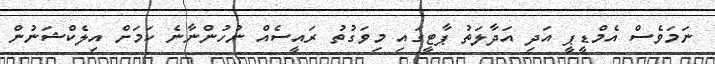
ނަމަވެސް އެމްޑީޕީ އަދި އަދާލަތު ޕާޓީގައި މިވަގުތު ރައީސެއް ނުހުންނާނެ ކަމަށް އިލެކްޝަނުން